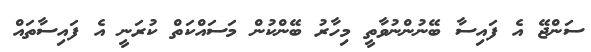
ސަންޖޭ އެ ފައިސާ ބޭނުންނުވާތީ މިހާރު ބޭންކުން މަސައްކަތް ކުރަނީ އެ ފައިސާތައް